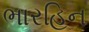
ભારહિન